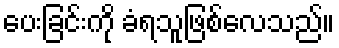
ပေးခြင်းကို ခံရသူဖြစ်လေသည်။